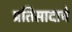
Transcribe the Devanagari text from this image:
प्रतिसादाचे